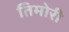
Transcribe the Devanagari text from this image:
तिमोरी